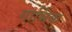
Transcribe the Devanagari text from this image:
गार्भिक